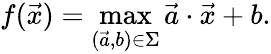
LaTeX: f({\vec{x}})=\operatorname*{max}_{({\vec{a}},b)\in\Sigma}{\vec{a}}\cdot{\vec{x}}+b.